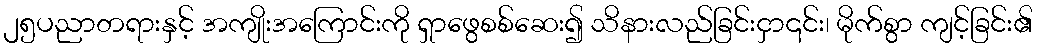
၂၅ပညာတရားနှင့် အကျိုးအကြောင်းကို ရှာဖွေစစ်ဆေး၍ သိနားလည်ခြင်းငှာ၎င်း၊ မိုက်စွာ ကျင့်ခြင်း၏